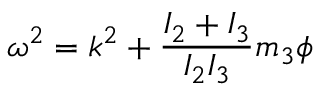
{ \boldsymbol \omega } ^ { 2 } = k ^ { 2 } + \frac { I _ { 2 } + I _ { 3 } } { I _ { 2 } I _ { 3 } } m _ { 3 } \phi